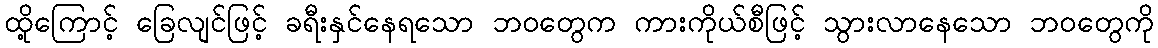
ထို့ကြောင့် ခြေလျင်ဖြင့် ခရီးနှင်နေရသော ဘဝတွေက ကားကိုယ်စီဖြင့် သွားလာနေသော ဘဝတွေကို